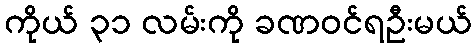
ကိုယ် ၃၁ လမ်းကို ခဏဝင်ရဦးမယ်